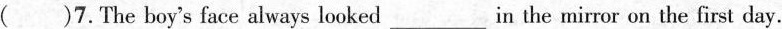
（） 7.The boy's face always looked___in the mirror on the first day.